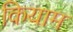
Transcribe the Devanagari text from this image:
कियाम